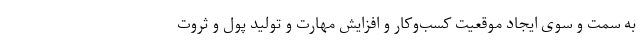
به سمت و سوی ایجاد موقعیت کسب‌وکار و افزایش مهارت و تولید پول و ثروت